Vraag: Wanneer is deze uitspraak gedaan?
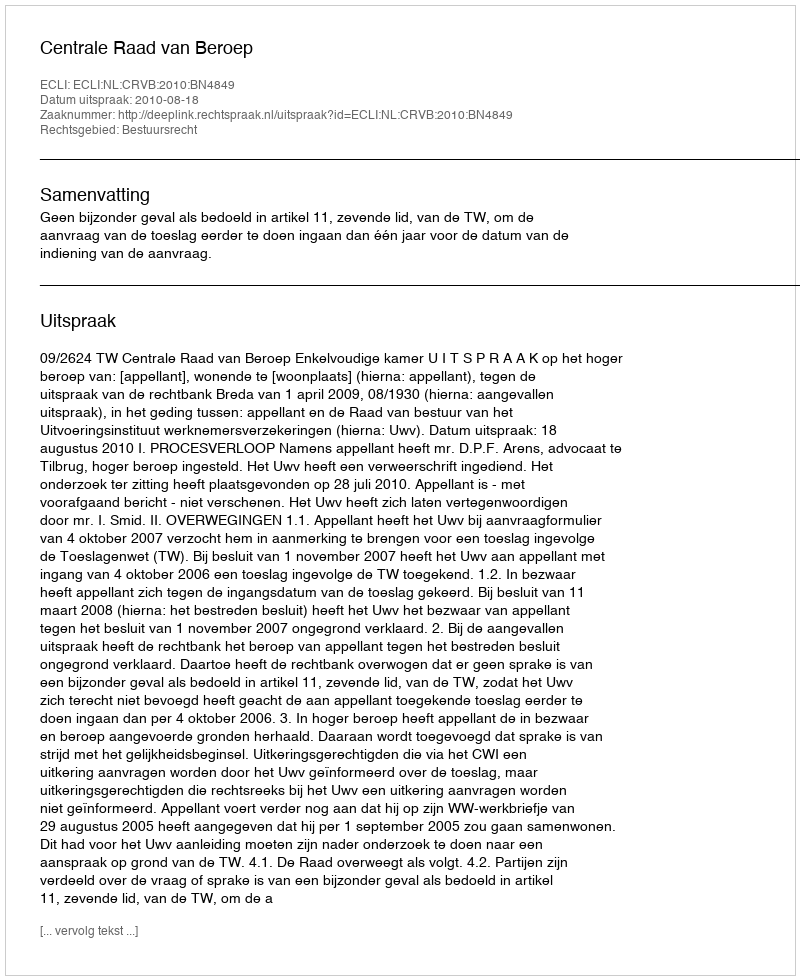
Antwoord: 2010-08-18